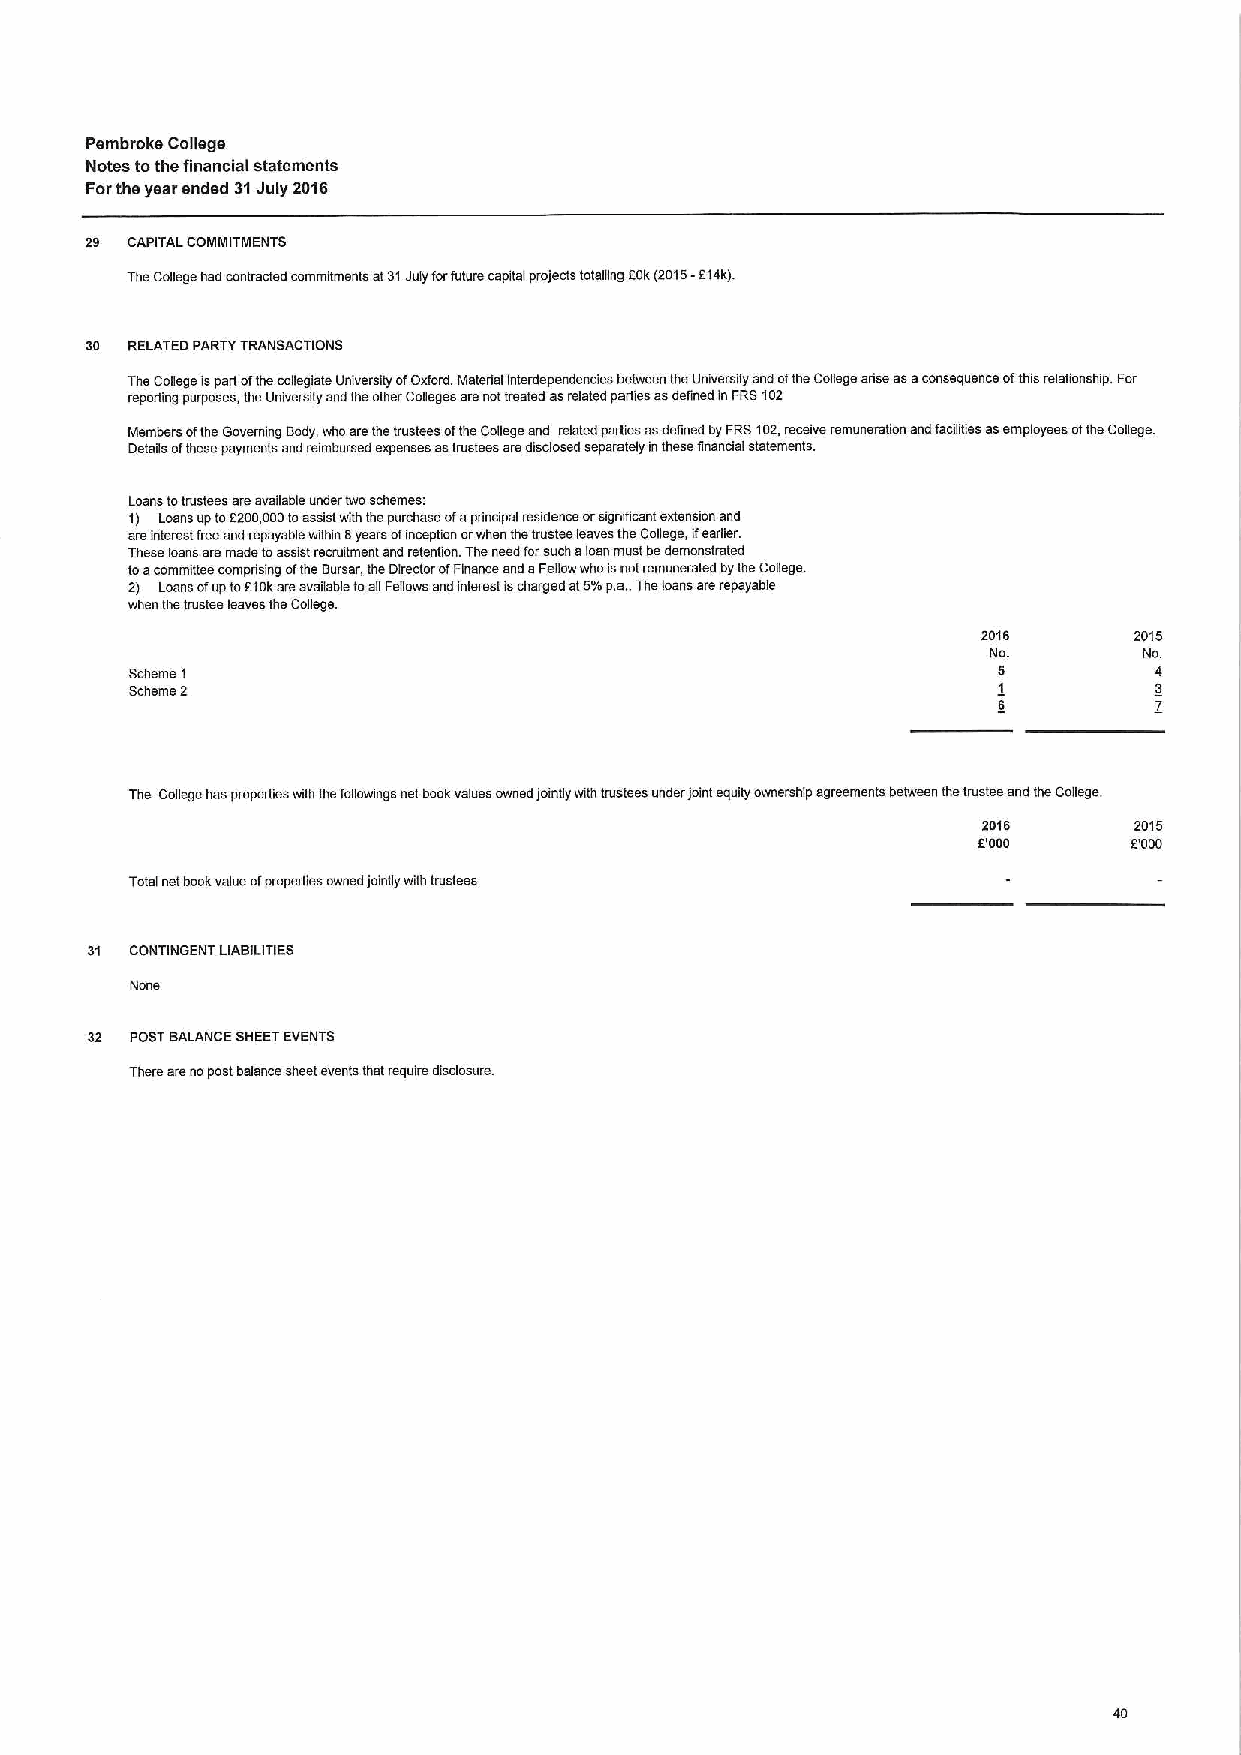
Pembroke College
 Notes tothe financial statements
 Forthe year ended 31July 201S
 29 CAPITAL COMMITMENTS
 1hecollege had contracted commhments al31Julyforfuture capital projects totalling rckf2015-214k).
 30 RELATEDPARTYTRANSACTIONS
 TheCollege ispart ofthe collegiate University ofOxford Material interdependencies between the Univeraity and ofthe College arise asaconsequence ofthis relationship For
 reporting purposes, the University and the other Colleges arenot Ireafed asrelated parties asdefined inFRS102
 Members ofthe Governing Body,who arethe trustees oftheCollege and related parties asdefined byFRS102,receive remuneration and facilities asemployees ofthe College
 Details ofthese payments and reimbursed expenses astrustees aredisclosed separately inthese gnanoal statements
 Loans totnrstees areavailable under two schemes
 1) Loans up to2200,000toasset with the purchase ofaprincipal residence orsignificant extension and
 areinterest freeand repayable within 6years ofinception orwhen thetrustee leaves the College, 3earlier
 These loans are made toassist recnstment snd retention Theneed forsuch aloan must bedemonstrated
 toacommittee comprising ofthe Bursar, the Director ofFinance and aFellow who isnot remunerated bythe College.
 2j Loans ofuptoElokareavailable toag Fellows and interest Ischarged at5%p.a..The loans arerepayable
 when thetrustee leaves theCollege.
 2016      2015
 No.        No
 Scheme I                                                 5         4
 Scheme 2                                                 I         3
 6         7
 The College has properties with thefogowings net bookvalues owned joingy with trusiees under joint equity ownership agreements between thetrustee and the College.
 2016      2015
 6'000     F000
 Total net bookvalue ofproperties owned jointly wgh trustees
 31 CONTINGENT LIABILITIES
 None
 32 POSTBALANCE SHEETEVENTS
 There arenopost balance sheet events that require disclosure
 40